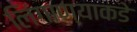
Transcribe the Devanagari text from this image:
लिंगाण्याकडे